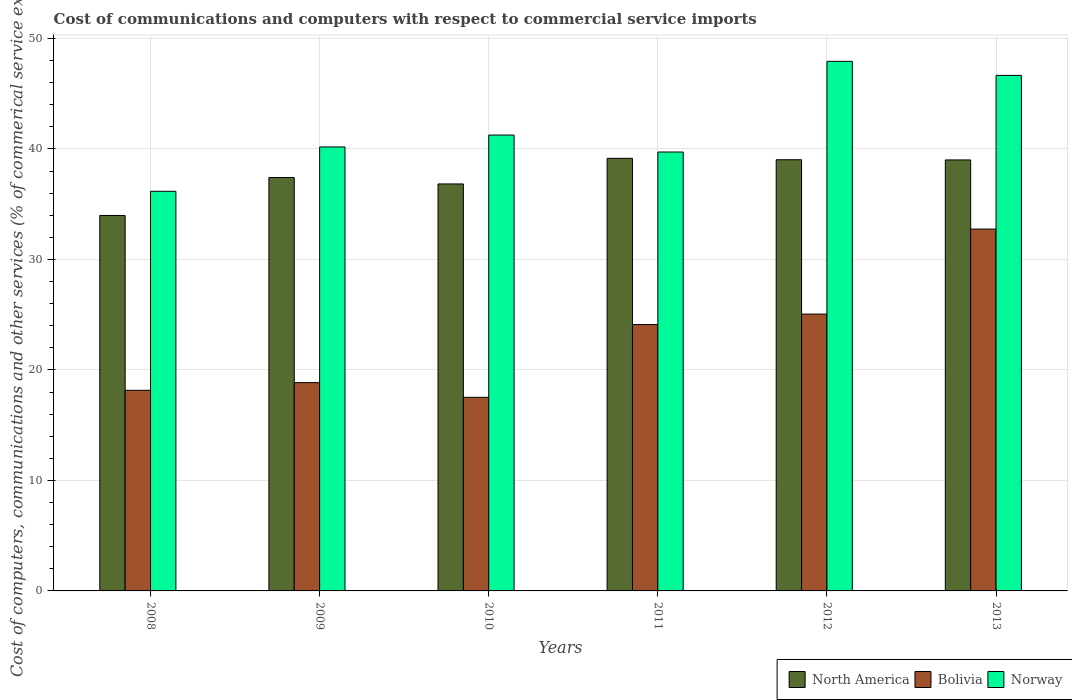
| Years | North America | Bolivia | Norway |
 | --- | --- | --- | --- |
 | 2008 | 34 | 18.2 | 36.2 |
 | 2009 | 37.4 | 18.8 | 40.2 |
 | 2010 | 36.8 | 17.5 | 41.3 |
 | 2011 | 39.1 | 24.1 | 39.7 |
 | 2012 | 39 | 25.1 | 47.9 |
 | 2013 | 39 | 32.7 | 46.7 |